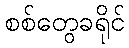
စစ်တွေခရိုင်